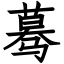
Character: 蓦